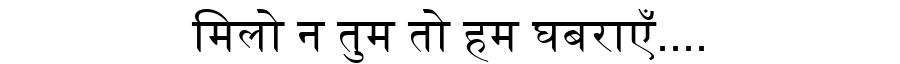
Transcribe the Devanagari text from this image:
मिलो न तुम तो हम घबराएँ....